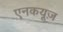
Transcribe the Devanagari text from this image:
एनकयूज़